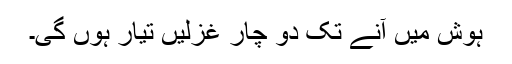
ہوش میں آنے تک دو چار غزلیں تیار ہوں گی۔